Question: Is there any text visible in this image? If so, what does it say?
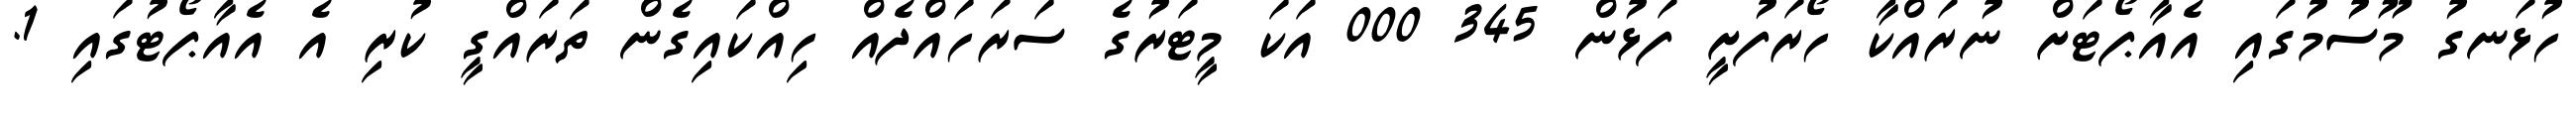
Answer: ހުޅަނގު މޫސުމުގައި އެއާޕޯޓަށް ނުރައްކާ ހޯރަފުށީ ފަޅުން 345 000 އަކަ މީޓަރުގެ ސަރަހައްދެއް ހިއްކައިގެން ތަރައްގީ ކުރި އެ އެއާޕޯޓުގައި 1.